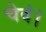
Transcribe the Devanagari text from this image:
चेदं।